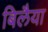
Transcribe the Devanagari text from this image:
बिलैया